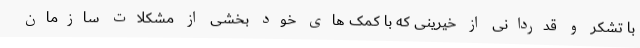
با تشکر و قدردانی از خیرینی که با کمک های خود بخشی از مشکلات سازمان